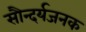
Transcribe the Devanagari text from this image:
सौन्दर्यजनक